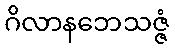
ဂိလာနဘေသဇ္ဇံ